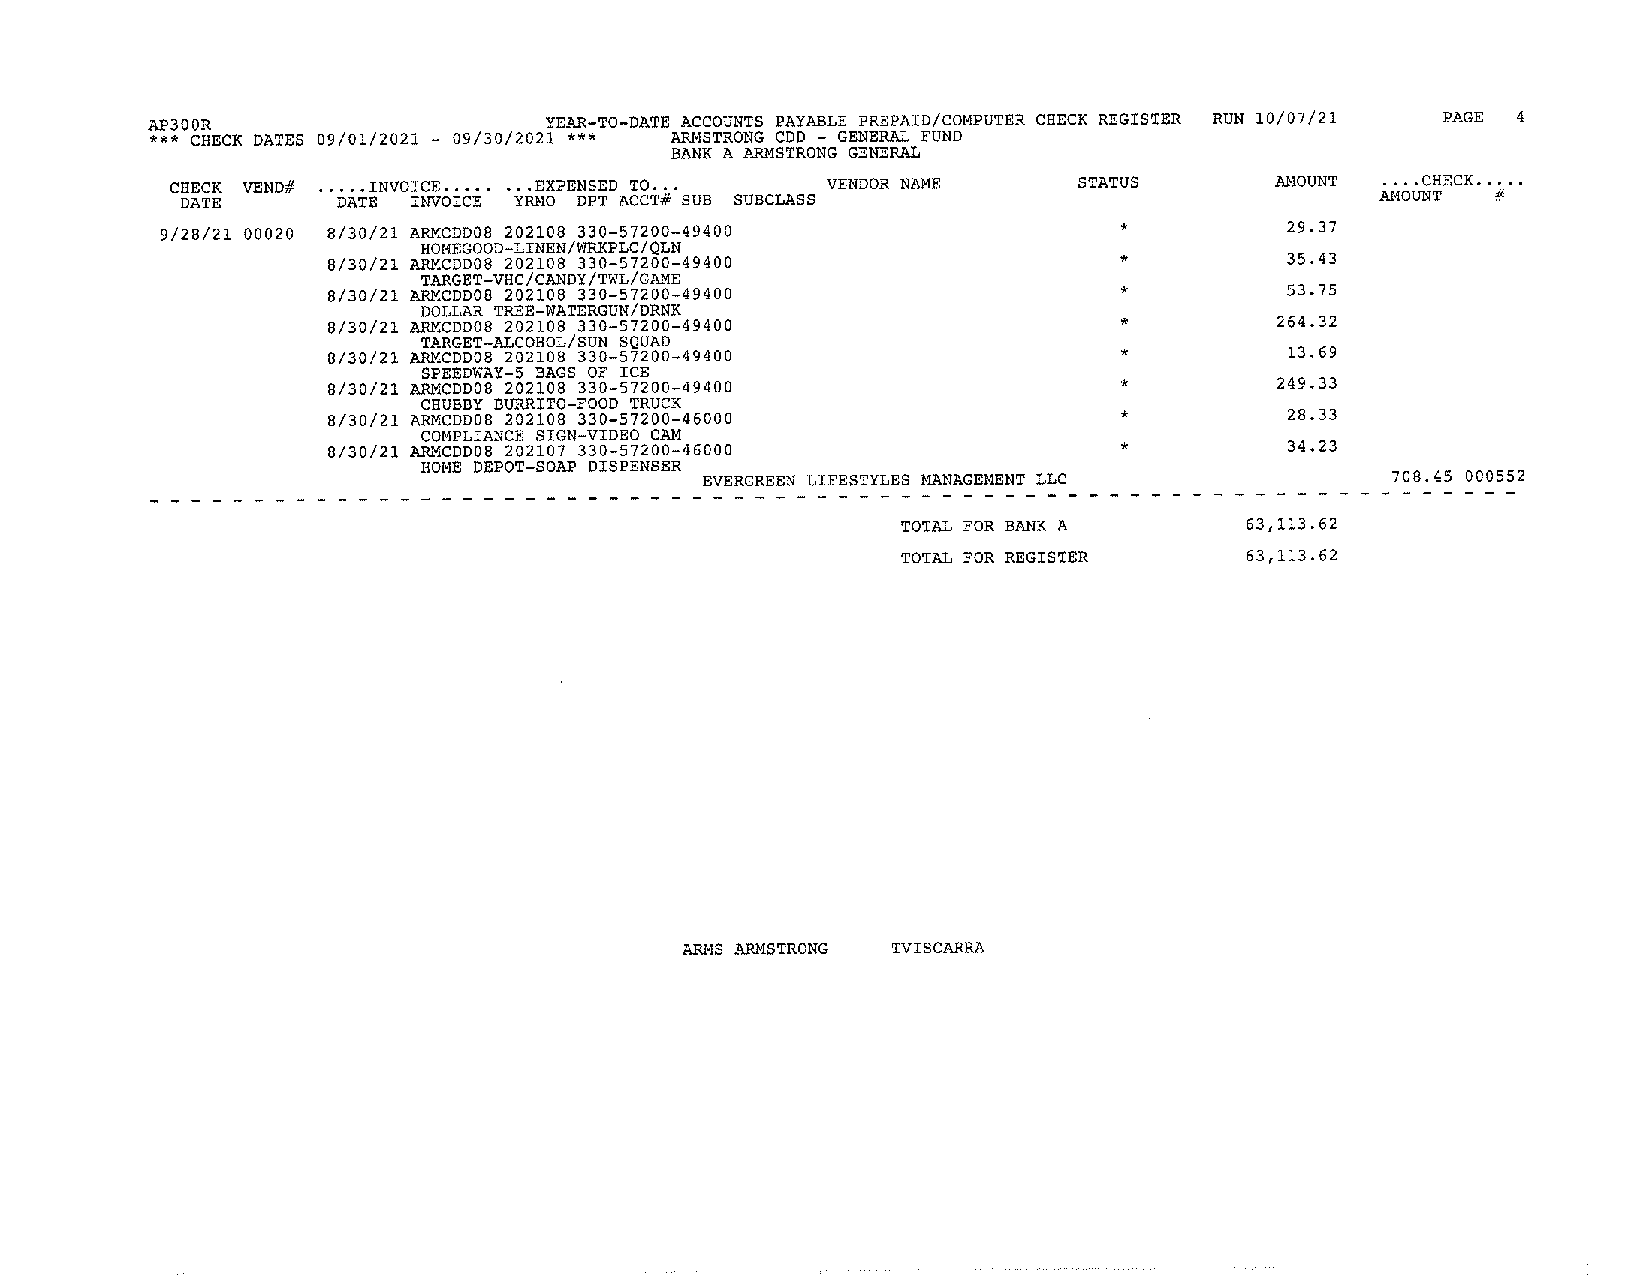
AP300R                    YEAR-TO-DATE ACCOUNTSP AYABLEP REPAID/COMPUTER CHECK REGISTER RUN 10/07/21 PAGE 4
 *** CHECK DATES 09/01/2021 - 09/30/2021 *** ARMSTRONGC OD - GENERALF UND
 BANK A ARMSTRONGG ENERAL
 CHECK VEND# ..... INVOICE ........ EXPENSED TO... VENDORN AME STATUS     AMOUNT .... CHECK.. ...
 DATE      DATE INVOICE YRMO DPT ACCT# SUB SUBCLASS                             AMOUNT  #
 9/28/21 00020 8/30/21 ARMCDD08 202108 330-57200-49400          *          29.37
 HOMEGOOD-LINEN/WRKPLC/QLN
 8/30/21 ARMCDD08 202108 330-57200-49400             *          35.43
 TARGET-VHC/CANDY/TWL/GAME
 8/30/21 ARMCDD08 202108 330-57200-49400             *          53.75
 DOLLAR TREE-WATERGUN/DRNK
 8/30/21 ARMCDD08 202108 330-57200-49400             *         264.32
 TARGET-ALCOHOL/SUNS QUAD
 8/30/21 ARMCDD082 02108 330-57200-49400             *          13. 69
 SPEEDWAY-5 BAGS OF ICE
 8/30/21 ARMCDD08 202108 330-57200-49400             *         249.33
 CHUBBYB URRITO-FOOD TRUCK
 8/30/21 ARMCDD08 202108 330-57200-46000             *          28.33
 COMPLIANCES IGN-VIDEO CAM
 8/30/21 ARMCDDOB2 02107 330-57200-46000             *          34.23
 HOMED EPOT-SOAP DISPENSER
 EVERGREENL IFESTYLES MANAGEMENLTL C           708. 45 000552
 - - - - - - - - - - - - - - - - - - - - - - - - - - - - - - - - - - - -
 TOTAL FOR BANK A      63,113.62
 TOTAL FOR REGISTER    63,113.62
 ARMS ARMSTRONG TVISCARRA